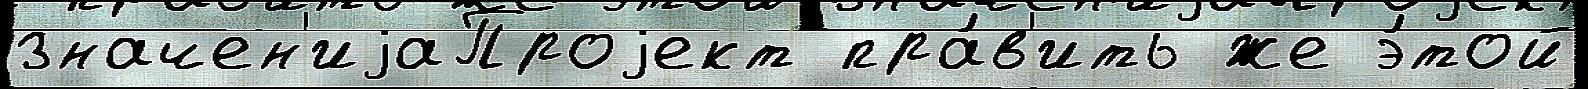
значен'иjаПроjект пра́в'ить же э́той